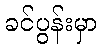
ခင်ပွန်းမှာ